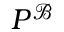
P ^ { \mathcal { B } }